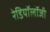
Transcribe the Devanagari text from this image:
रेडियॉलॉजी